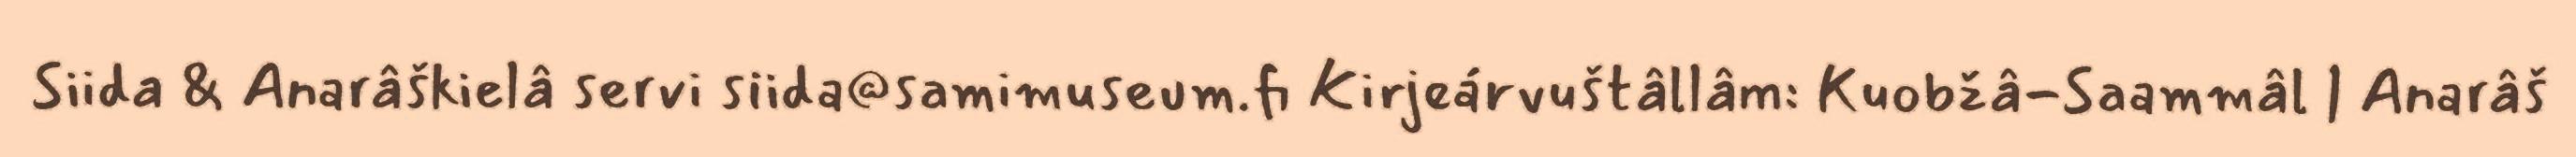
Siida & Anarâškielâ servi siida@samimuseum.fi Kirjeárvuštâllâm: Kuobžâ-Saammâl | Anarâš